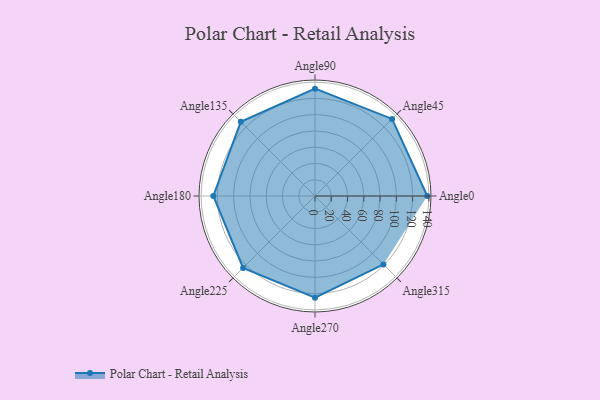
{"axis": {"x": "Angle", "y": "Radius"}, "legend": [""], "data": [{"x": "Angle0", "y": 138.0, "type": ""}, {"x": "Angle45", "y": 134.0, "type": ""}, {"x": "Angle90", "y": 132.0, "type": ""}, {"x": "Angle135", "y": 129.0, "type": ""}, {"x": "Angle180", "y": 125.0, "type": ""}, {"x": "Angle225", "y": 125.0, "type": ""}, {"x": "Angle270", "y": 125.0, "type": ""}, {"x": "Angle315", "y": 119.0, "type": ""}]}